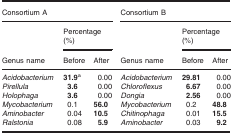
<table><thead><tr><td colspan="3"><b>Consortium A</b></td><td colspan="3"><b>Consortium B</b></td></tr><tr><td rowspan="2"><b>Genus name</b></td><td colspan="2"><b>Percentage (%)</b></td><td rowspan="2"><b>Genus name</b></td><td colspan="2"><b>Percentage (%)</b></td></tr><tr><td><b>Before</b></td><td><b>After</b></td><td><b>Before</b></td><td><b>After</b></td></tr></thead><tbody><tr><td><i>Acidobacterium</i></td><td><b>31.9</b>a</td><td>0.00</td><td><i>Acidobacterium</i></td><td><b>29.81</b></td><td>0.00</td></tr><tr><td><i>Pirellula</i></td><td><b>3.6</b></td><td>0.00</td><td><i>Chloroflexus</i></td><td><b>6.67</b></td><td>0.00</td></tr><tr><td><i>Holophaga</i></td><td><b>3.6</b></td><td>0.00</td><td><i>Dongia</i></td><td><b>2.56</b></td><td>0.00</td></tr><tr><td><i>Mycobacterium</i></td><td>0.1</td><td><b>56.0</b></td><td><i>Mycobacterium</i></td><td>0.2</td><td><b>48.8</b></td></tr><tr><td><i>Aminobacter</i></td><td>0.04</td><td><b>10.5</b></td><td><i>Chitinophaga</i></td><td>0.01</td><td><b>15.5</b></td></tr><tr><td><i>Ralstonia</i></td><td>0.08</td><td><b>5.9</b></td><td><i>Aminobacter</i></td><td>0.03</td><td><b>9.2</b></td></tr></tbody></table>